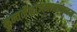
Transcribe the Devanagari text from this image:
कुन्तलैर्भ्राजमानाननम्